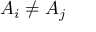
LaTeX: A _ { i } \neq A _ { j }